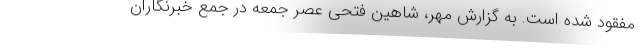
مفقود شده است. به گزارش مهر، شاهین فتحی عصر جمعه در جمع خبرنگاران